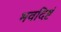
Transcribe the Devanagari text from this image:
भवदिष्टं